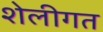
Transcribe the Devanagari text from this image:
शेलीगत